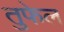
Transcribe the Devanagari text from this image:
तुफेल